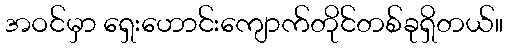
အဝင်မှာ ရှေးဟောင်းကျောက်တိုင်တစ်ခုရှိတယ်။